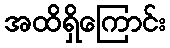
အထိရှိကြောင်း